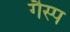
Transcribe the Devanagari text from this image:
गैस्प